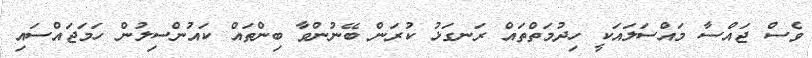
ވެސް ޖައްސާ މައްސަލައަކީ ހިދުމަތްތައް ރަނގަޅު ކުރަން ބޭނުންވާ ބިންތައް ކައުންސިލުން ހަމަޖައްސައި